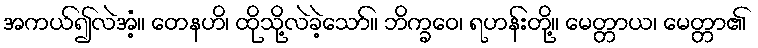
အကယ်၍လဲအံ့။ တေနဟိ၊ ထိုသို့လဲခဲ့သော်။ ဘိက္ခဝေ၊ ရဟန်းတို့။ မေတ္တာယ၊ မေတ္တာ၏